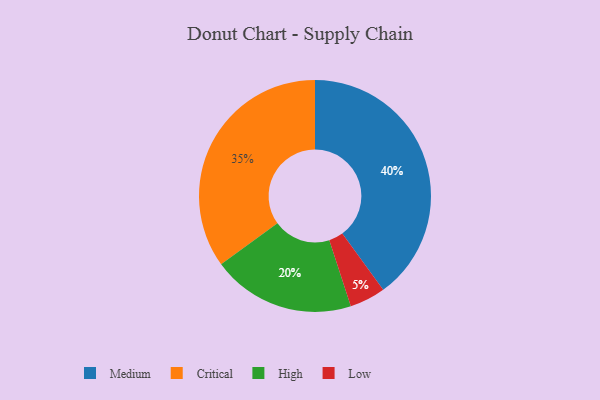
{"axis": {"x": "Category", "y": "Percentage"}, "legend": ["Critical", "High", "Low", "Medium"], "data": [{"x": "Critical", "y": 35, "type": "Critical"}, {"x": "Low", "y": 5, "type": "Low"}, {"x": "High", "y": 20, "type": "High"}, {"x": "Medium", "y": 40, "type": "Medium"}]}